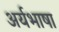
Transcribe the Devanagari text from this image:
अर्यभाषा